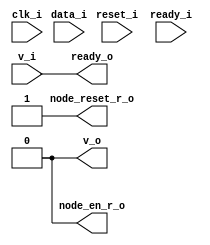
// This program was cloned from: https://github.com/chipsalliance/UHDM-integration-tests
// License: Apache License 2.0

/* Generated by Yosys 0.27+9 (git sha1 101d19bb6, gcc 11.2.0-7ubuntu2 -fPIC -Os) */

(* top =  1  *)

module bsg_fsb_murn_gateway(clk_i, reset_i, v_i, data_i, ready_o, v_o, ready_i, node_en_r_o, node_reset_r_o);
  
  input clk_i;
  wire clk_i;
  
  input [15:0] data_i;
  wire [15:0] data_i;
  
  (* unused_bits = "0 1 2 3 4 5 6 7 8 9 10 11 12 13 14 15" *)
  (* wiretype = "\\bsg_fsb_pkt_s" *)
  wire [21:0] \genblk1.data_RPT ;
  
  wire \genblk1.for_switch ;
  
  wire \genblk1.for_this_node ;
  
  wire \genblk1.id_match ;
  
  wire \genblk1.node_en_n ;
  
  wire \genblk1.node_en_r ;
  
  wire \genblk1.node_reset_n ;
  
  wire \genblk1.node_reset_r ;
  
  output node_en_r_o;
  wire node_en_r_o;
  
  output node_reset_r_o;
  wire node_reset_r_o;
  
  input ready_i;
  wire ready_i;
  
  output ready_o;
  wire ready_o;
  
  input reset_i;
  wire reset_i;
  
  input v_i;
  wire v_i;
  
  output v_o;
  wire v_o;
  assign \genblk1.data_RPT  = { 6'h00, data_i };
  assign \genblk1.for_switch  = 1'h0;
  assign \genblk1.for_this_node  = 1'h0;
  assign \genblk1.id_match  = 1'h0;
  assign \genblk1.node_en_n  = 1'h0;
  assign \genblk1.node_en_r  = 1'h0;
  assign \genblk1.node_reset_n  = 1'h1;
  assign \genblk1.node_reset_r  = 1'h1;
  assign node_en_r_o = 1'h0;
  assign node_reset_r_o = 1'h1;
  assign ready_o = v_i;
  assign v_o = 1'h0;
endmodule